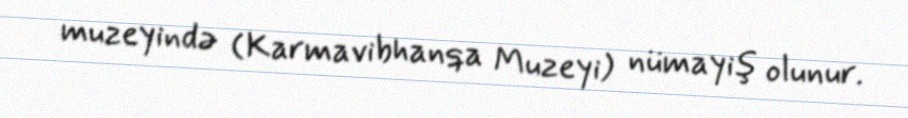
muzeyində (Karmavibhanqa Muzeyi) nümayiş olunur.